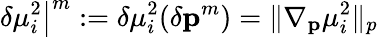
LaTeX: \left.\delta\mu_{i}^{2}\right|^{m}:=\delta\mu_{i}^{2}(\delta\mathbf{p}^{m})=\| \nabla_{\mathbf{p}}\mu_{i}^{2}\| _{p}